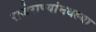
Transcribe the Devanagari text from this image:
राजेराण्यांमधल्या